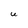
Character: U